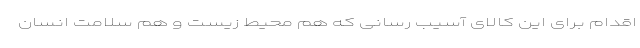
اقدام برای این کالای آسیب رسانی که هم‌ محیط زیست و هم سلامت انسان